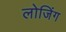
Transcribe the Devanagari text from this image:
लोजिंग